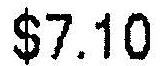
$7.10